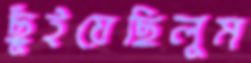
ছুঁইয়েছিলুম